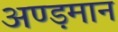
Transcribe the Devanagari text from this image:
अण्ड़मान